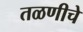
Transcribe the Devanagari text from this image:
तळणीचे